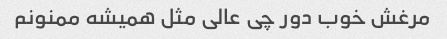
مرغش خوب دور چی عالی مثل همیشه ممنونم